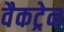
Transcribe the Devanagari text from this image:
वैकट्रेन